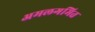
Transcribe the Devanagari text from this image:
अमलगमित